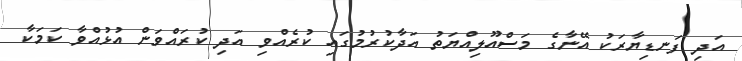
އަދި ފަނޑިޔާރަކު އޭނާގެ މަސްއޫލިއްޔަތު އަދާކުރުމުގައި ކުރެއްވި އަދި ކުރައްވަން އުޅުއްވާ ކަމަކާ